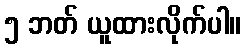
၅ ဘတ် ယူထားလိုက်ပါ။